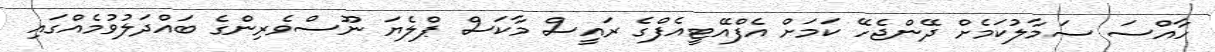
ހާއްސަ ސަމާލުކަމެށް ދޭންޖެހޭ ކަމަށް އެފްއޭޓީއެފްގެ ރައީސް މާކަސް ޕްލެޔަ ނޫސްވެރިންގެ ބައްދަލުވުމެއްގައި